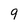
Character: 9